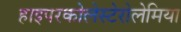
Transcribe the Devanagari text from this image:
हाइपरकोलेस्टेरोलेमिया